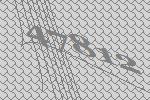
47812